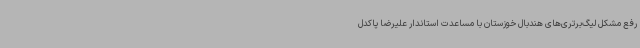
رفع مشکل لیگ‌برتری‌های هندبال خوزستان با مساعدت استاندار علیرضا پاکدل